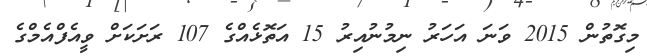
މިގޮތުން 2015 ވަނަ އަހަރު ނިމުނުއިރު 15 އަތޮޅެެއްގެ 107 ރަށަކަށް ވީއެފްއެމްގެ